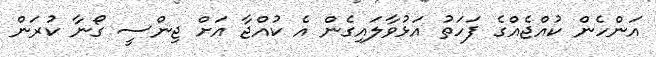
އަންހެން ކުއްޖެއްގެ ފަހަތު އަޅުވާލައިގެން އެ ކުއްޖާ އަށް ޖިންސީ ގޯނާ ކުރަން